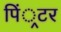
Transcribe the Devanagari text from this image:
पिं्रटर